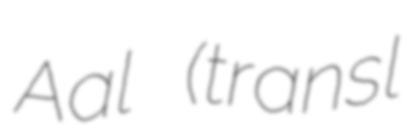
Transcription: Aal (transl